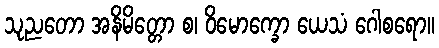
သုညတော အနိမိတ္တော စ၊ ဝိမောက္ခော ယေသံ ဂေါစရော။